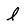
Character: l